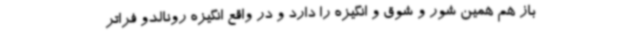
باز هم همین شور و شوق و انگیزه را دارد و در واقع انگیزه رونالدو فراتر